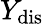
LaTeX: {Y_{\mathrm{{dis}}}}